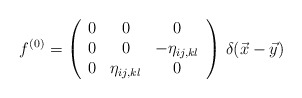
\begin{align*}f^{(0)}=\left(\begin{array}{ccc}0&0&0\\0&0&-\eta_{ij,kl}\\0&\eta_{ij,kl}&0\\\end{array}\right)\,\delta(\vec x-\vec y)\end{align*}